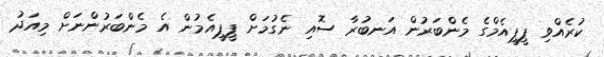
ކުރެއްވި ޕީޕީއެމްގެ މެންބަރުން އަނބުރާ ސޮއި ނެގުމަށް ޕީޕީއެމުން އެ މެންބަރުންނަށް މިއަދު